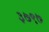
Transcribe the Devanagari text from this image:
३७९७